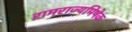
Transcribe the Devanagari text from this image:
रामराज्यमिषेक